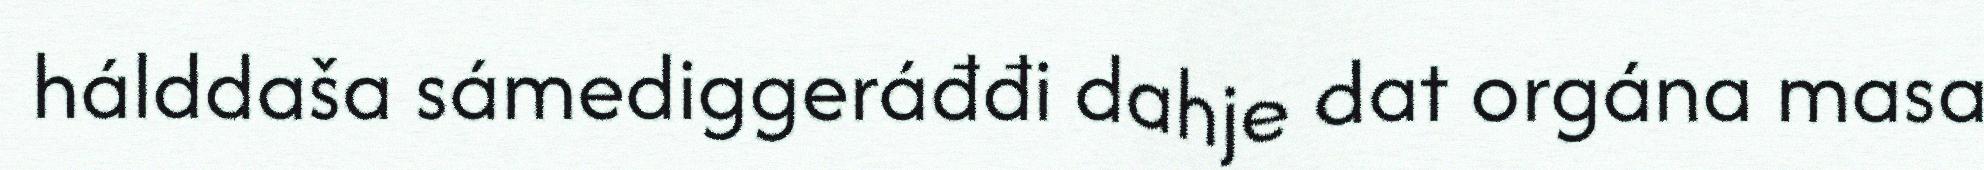
hálddaša sámediggeráđđi dahje dat orgána masa